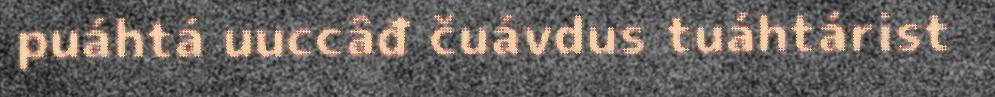
puáhtá uuccâđ čuávdus tuáhtárist